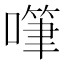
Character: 𠽩